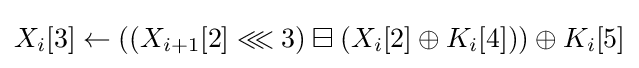
X_{i}[3]\leftarrow \left(\left(X_{i+1}[2]\lll 3\right)\boxminus \left(X_{i}[2]\oplus K_{i}[4]\right)\right)\oplus K_{i}[5]